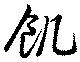
飢